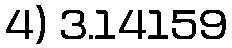
4) 3.14159